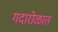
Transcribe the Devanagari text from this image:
गदारोळात